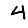
Digit: 4